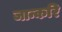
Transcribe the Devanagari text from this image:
जान्करि